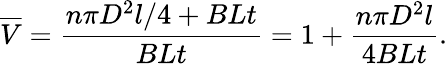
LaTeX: \overline{{V}}=\frac{n\pi D^{2}l/4+BLt}{BLt}=1+\frac{n\pi D^{2}l}{4BLt}.